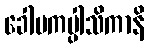
ခေါမကပ္ပါသိကာနိ